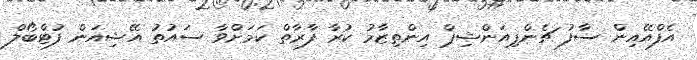
އެފްއޭއިން ސާފު ޗެންޕިއަންޝިޕް އިންތިޒާމު ކުރާ ފާރާތް ކަމަށްވާ ސައުތު އޭޝިއަން ފުޓްބޯލް